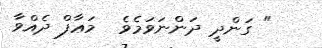
" ގަންދީ ދަންނަވަމެވެ  މަޢާފް ދެއްވާ